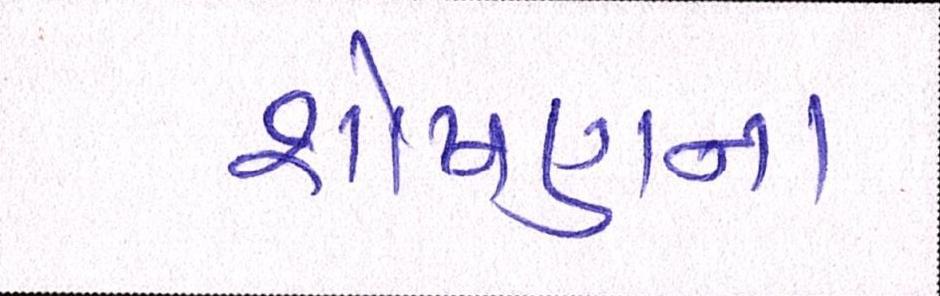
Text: શોષણના